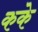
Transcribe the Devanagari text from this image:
कके